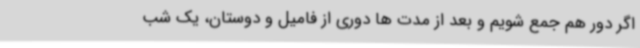
اگر دور هم جمع شویم و بعد از مدت ها دوری از فامیل و دوستان، یک شب